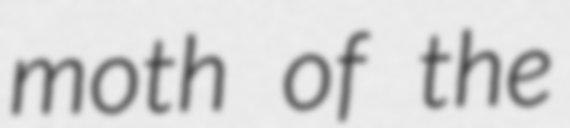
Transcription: moth of the